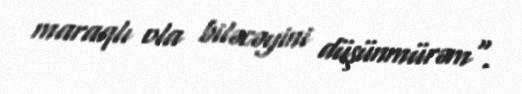
maraqlı ola biləcəyini düşünmürəm".